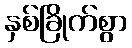
နှစ်ခြိုက်စွာ